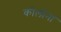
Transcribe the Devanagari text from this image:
कोलोना